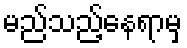
မည်သည့်နေရာမှ